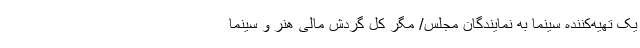
یک تهیه‌کننده سینما به نمایندگان مجلس/ مگر کل گردش مالی هنر و سینما